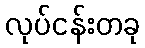
လုပ်ငန်းတခု